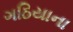
ગઠિયાના